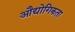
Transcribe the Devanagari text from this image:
औद्योगिकता